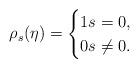
LaTeX: \begin{align*}\rho_s(\eta)=\begin{cases}1 s=0,\\0 s\neq 0.\end{cases}\end{align*}